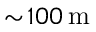
\sim \! 1 0 0 \, \mathrm { m }